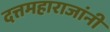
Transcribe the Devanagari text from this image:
दत्तमहाराजांनी